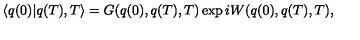
\langle q ( 0 ) | q ( T ) , T \rangle = G ( q ( 0 ) , q ( T ) , T ) \exp i W ( q ( 0 ) , q ( T ) , T ) ,